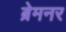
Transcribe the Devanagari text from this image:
ब्रेमनर